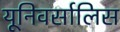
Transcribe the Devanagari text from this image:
यूनिवर्सालिस